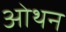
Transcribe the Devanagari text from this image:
ओथन